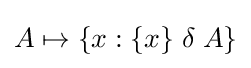
A\mapsto \left\{x:\{x\}\;\delta \;A\right\}